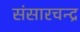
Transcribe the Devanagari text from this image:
संसारचन्द्र